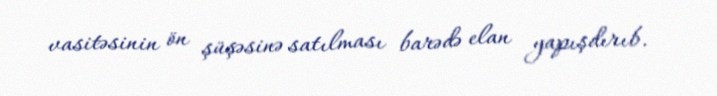
vasitəsinin ön şüşəsinə satılması barədə elan yapışdırıb.